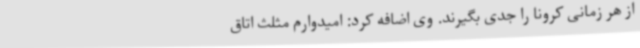
از هر زمانی کرونا را جدی بگیرند. وی اضافه کرد: امیدوارم مثلث اتاق